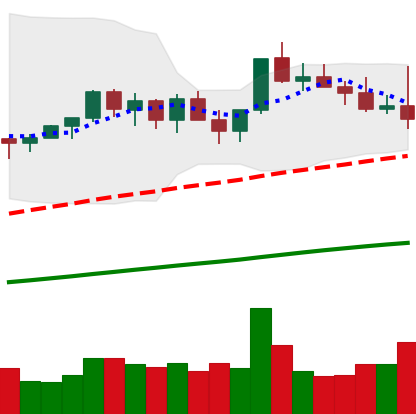
Ticker: NEO-USD
Chart end date: 2021-03-24
Forward return: 14.171%
Label: up_7plus